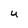
Character: U